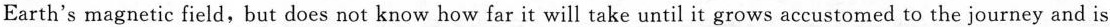
Earth's magnetic field, but does not know how far it will take until it grows accustomed to the journey and is